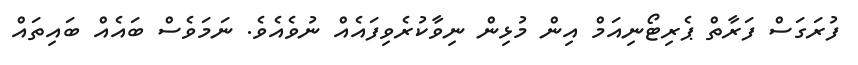
ފުރަގަސް ފަރާތް ޕެރިޓޯނިއަމް އިން މުޅިން ނިވާކުރެވިފައެއް ނުވެއެވެ. ނަމަވެސް ބައެއް ބައިތައް